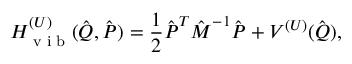
H _ { \textrm { v i b } } ^ { ( U ) } ( \hat { \boldsymbol { Q } } , \hat { \boldsymbol { P } } ) = \frac { 1 } { 2 } \hat { \boldsymbol { P } } ^ { T } \hat { \boldsymbol { M } } ^ { - 1 } \hat { \boldsymbol { P } } + V ^ { ( U ) } ( \hat { \boldsymbol { Q } } ) ,